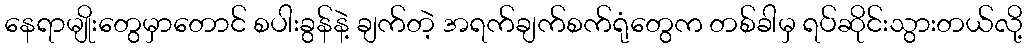
နေရာမျိုးတွေမှာတောင် စပါးခွန်နဲ့ ချက်တဲ့ အရက်ချက်စက်ရုံတွေက တစ်ခါမှ ရပ်ဆိုင်းသွားတယ်လို့